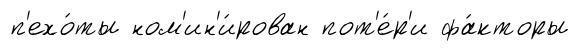
п'ехо́ты ном'ин'и́рован пот'е́р'и фа́кторы